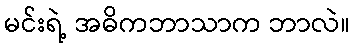
မင်းရဲ့ အဓိကဘာသာက ဘာလဲ။